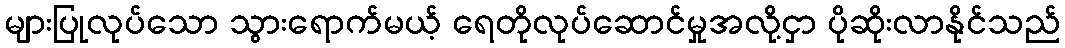
များပြုလုပ်သော သွားရောက်မယ့် ရေတိုလုပ်ဆောင်မှုအလို့ငှာ ပိုဆိုးလာနိုင်သည်